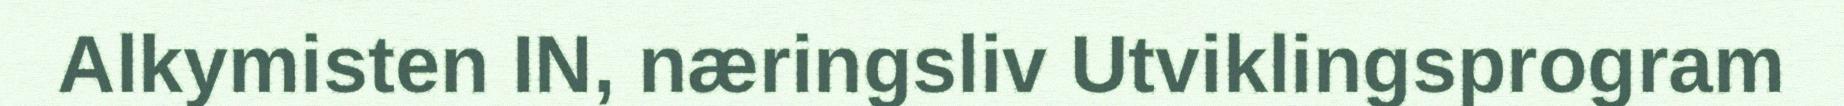
Alkymisten IN, næringsliv Utviklingsprogram